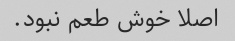
اصلا خوش طعم نبود.